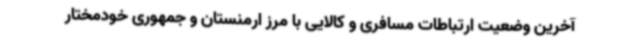
آخرین وضعیت ارتباطات مسافری و کالایی با مرز ارمنستان و جمهوری خودمختار